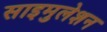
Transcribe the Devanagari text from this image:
साइमुलेशन